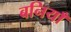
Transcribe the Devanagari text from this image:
बनियाँ